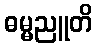
ဓမ္မညူတိ